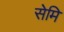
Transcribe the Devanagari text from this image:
सेमि